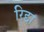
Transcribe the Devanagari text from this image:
रिद्दा